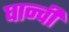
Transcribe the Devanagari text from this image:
घान्ची